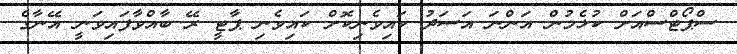
ސްޕޯޓްސްއަށް ކުޅެމުން އަންނަ އަސަދު ކައިވެނިކޮށް ކައިވެނި ޕާޓީ ރޭ ބާއްވާފައިވަނީ އޭނާގެ